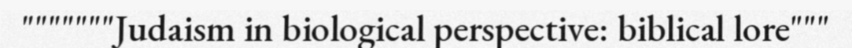
"""""""Judaism in biological perspective: biblical lore"""